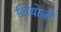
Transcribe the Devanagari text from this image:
लियोजों